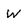
Character: W